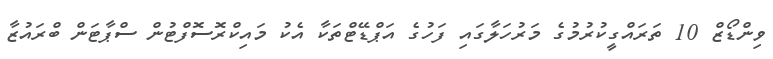
ވިންޑޯޒް 10 ތަރައްގީކުރުމުގެ މަރުހަލާގައި ފަހުގެ އަޕްޑޭޓްތަކާ އެކު މައިކްރޮސޮފްޓުން ސްޕާޓަން ބްރައުޒާ